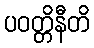
ပဝတ္တိနီတိ